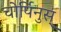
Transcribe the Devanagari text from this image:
चोर्पिनुस्